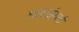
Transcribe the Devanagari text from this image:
मलाईयाई